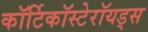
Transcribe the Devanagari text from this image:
कॉर्टिकॉस्टेरॉयड्स